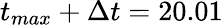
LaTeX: t_{max}+\Delta t=20.01